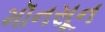
મૉનસૂન